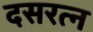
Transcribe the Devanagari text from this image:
दसरत्न